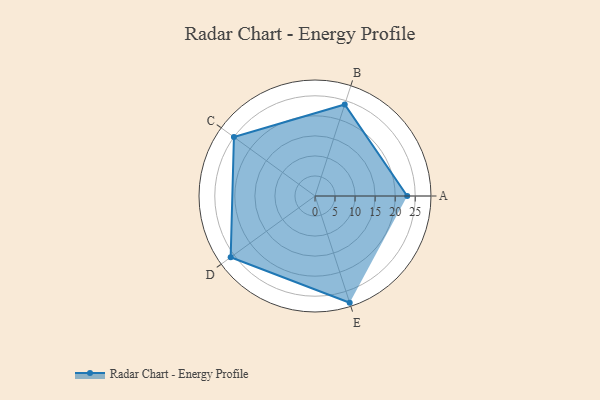
{"axis": {"x": "Skill", "y": "Score"}, "legend": ["Profile"], "data": [{"x": "A", "y": 23.0, "type": "Profile"}, {"x": "B", "y": 24.0, "type": "Profile"}, {"x": "C", "y": 25.0, "type": "Profile"}, {"x": "D", "y": 26.0, "type": "Profile"}, {"x": "E", "y": 28.0, "type": "Profile"}]}